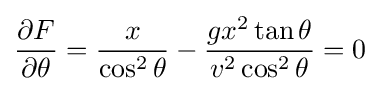
{\frac {\partial F}{\partial \theta }}={\frac {x}{\cos ^{2}\theta }}-{\frac {gx^{2}\tan \theta }{v^{2}\cos ^{2}\theta }}=0